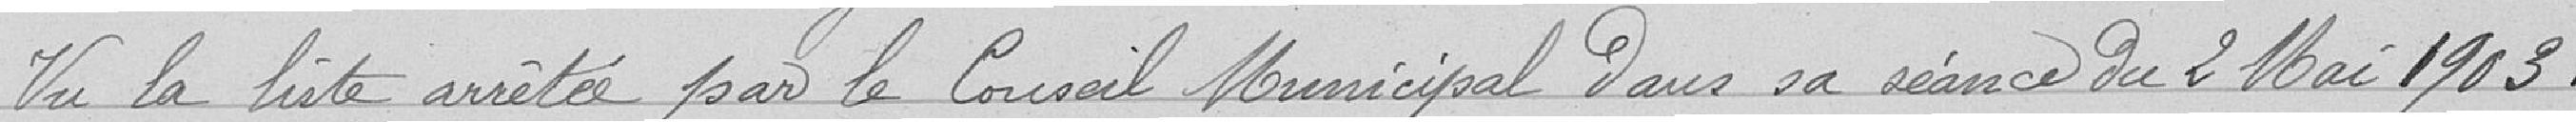
Vu la liste arrêtée par le Conseil Municipal